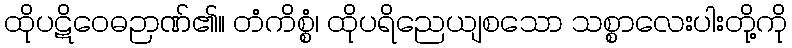
ထိုပဋိဝေဓဉာဏ်၏။ တံကိစ္စံ၊ ထိုပရိညေယျစသော သစ္စာလေးပါးတို့ကို